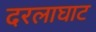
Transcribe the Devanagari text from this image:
दरलाघाट